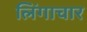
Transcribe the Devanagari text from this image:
लिंगाचार